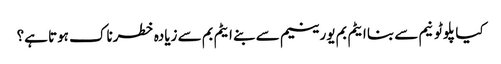
کیا پلوٹونیم سے بنا ایٹم بم یورینیم سے بنے ایٹم بم سے زیادہ خطرناک ہوتا ہے؟